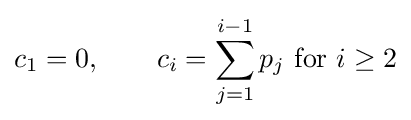
c_{1}=0,\qquad c_{i}=\sum _{j=1}^{i-1}p_{j}{\text{ for }}i\geq 2